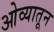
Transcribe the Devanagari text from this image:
ओव्यातून